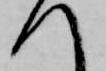
へ